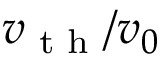
v _ { \textrm { t h } } / v _ { 0 }